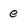
Character: e